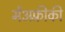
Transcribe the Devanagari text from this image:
मेंअफ़्रीकी